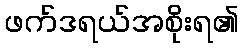
ဖက်ဒရယ်အစိုးရ၏